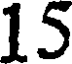
15